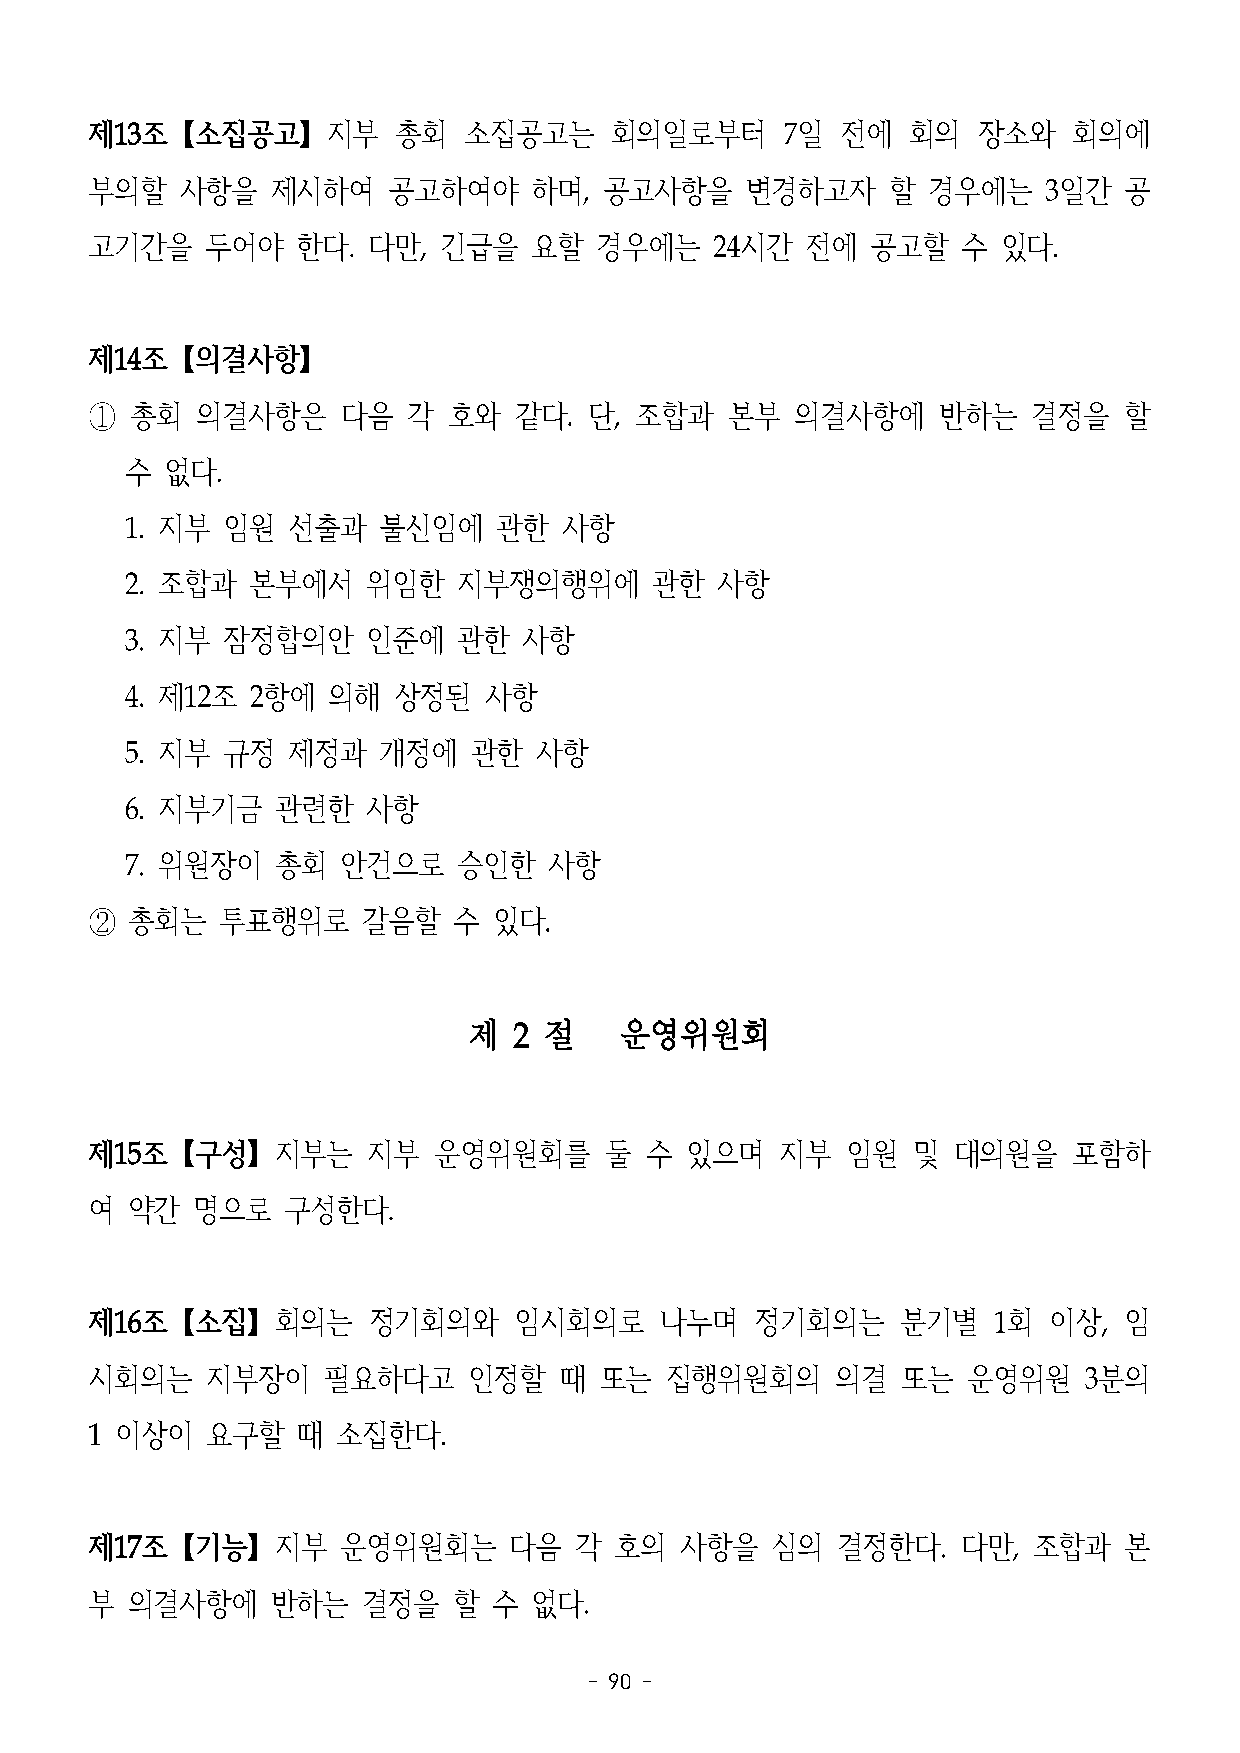
제13조【소집공고】지부        총회   소집공고는    회의일로부터      7일  전에  회의   장소와   회의에
 부의할   사항을   제시하여    공고하여야    하며,  공고사항을    변경하고자     할 경우에는    3일간  공
 고기간을    두어야   한다. 다만,  긴급을   요할  경우에는    24시간  전에   공고할   수 있다.
 제14조【의결사항】
 ①  총회  의결사항은     다음  각  호와  같다.  단, 조합과   본부   의결사항에    반하는   결정을   할
 수  없다.
 1. 지부  임원  선출과   불신임에    관한  사항
 2. 조합과  본부에서    위임한   지부쟁의행위에      관한  사항
 3. 지부  잠정합의안    인준에   관한   사항
 4. 제12조  2항에  의해  상정된   사항
 5. 지부  규정  제정과   개정에   관한  사항
 6. 지부기금   관련한   사항
 7. 위원장이   총회   안건으로   승인한   사항
 ②  총회는   투표행위로    갈음할   수  있다.
 제  2 절    운영위원회
 제15조【구성】지부는       지부   운영위원회를     둘  수 있으며    지부  임원  및  대의원을    포함하
 여 약간   명으로   구성한다.
 제16조【소집】회의는       정기회의와     임시회의로     나누며   정기회의는     분기별   1회 이상,  임
 시회의는    지부장이   필요하다고     인정할   때  또는  집행위원회의     의결   또는  운영위원    3분의
 1 이상이   요구할   때 소집한다.
 제17조【기능】지부       운영위원회는     다음  각  호의  사항을   심의  결정한다.    다만, 조합과   본
 부 의결사항에     반하는   결정을   할  수 없다.
 - 90 -